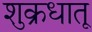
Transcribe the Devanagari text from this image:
शुक्रधातू